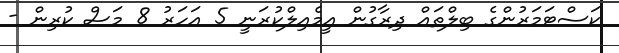
ކަސްޓަމަރުންގެ ބިލްތައް ދިރާގުން އީމެއިލްކުރަނީ 5 އަހަރު 8 މަސް ކުރިން -